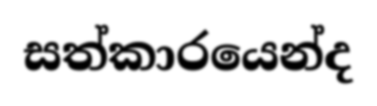
සත්කාරයෙන්ද